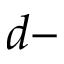
d -